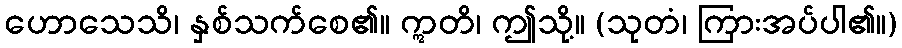
ဟောသေသိ၊ နှစ်သက်စေ၏။ ဣတိ၊ ဤသို့။ (သုတံ၊ ကြားအပ်ပါ၏။)